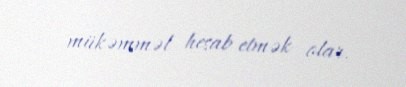
mükəmməl hesab etmək olar.